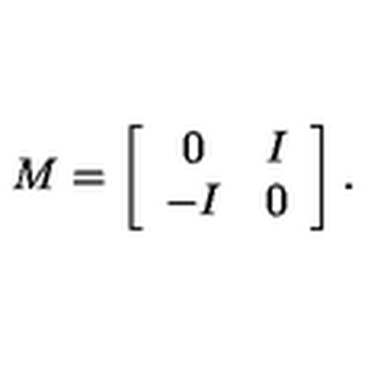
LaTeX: M = \left[ \begin{array} { c c } { 0 } & { I } \\ { - I } & { 0 } \\ \end{array} \right] .